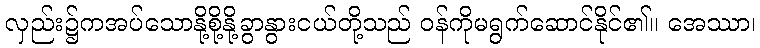
လှည်း၌ကအပ်သောနို့စို့နို့ခွာနွားငယ်တို့သည် ဝန်ကိုမရွက်ဆောင်နိုင်၏။ အေဿာ၊